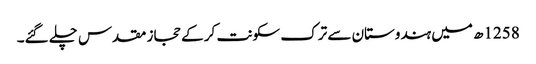
1258ھ میں ہندوستان سے ترک سکونت کر کے حجاز مقدس چلے گئے۔